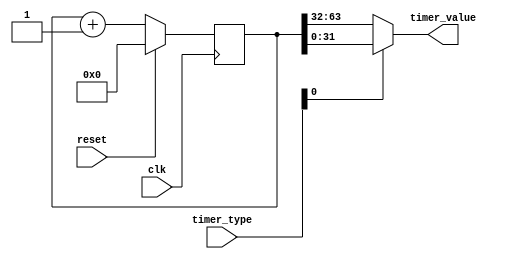
`timescale 1ns / 1ps
//////////////////////////////////////////////////////////////////////////////////
// Company: 
// Engineer: 
// 
// Design Name: 
// Module Name: timer
// Project Name: 
// Target Devices: 
// Tool Versions: 
// Description: 
// 
// Dependencies: 
// 
// Revision:
// Revision 0.01 - File Created
// Additional Comments:
// 
//////////////////////////////////////////////////////////////////////////////////


module timer(
    input       [ 1:0] timer_type,
    input              clk,
    input              reset,
    output      [31:0] timer_value
);

reg [63:0] timer_value_r;
always @(posedge clk) begin
    if(reset)begin
        timer_value_r <= 1'b0;
    end
    else begin
        timer_value_r <= timer_value_r + 1'b1;
    end
end
assign timer_value = (timer_type[0]) ? timer_value_r[31:0] : timer_value_r[63:32];

endmodule